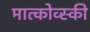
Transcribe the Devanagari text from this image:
मात्कोव्स्की